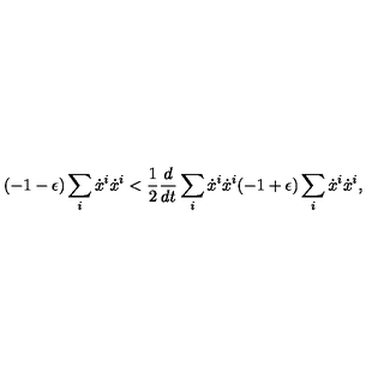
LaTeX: ( - 1 - \epsilon ) \sum _ { i } \dot { x } ^ { i } \dot { x } ^ { i } < \frac { 1 } { 2 } \frac { d } { d t } \sum _ { i } \dot { x } ^ { i } \dot { x } ^ { i } ( - 1 + \epsilon ) \sum _ { i } \dot { x } ^ { i } \dot { x } ^ { i } ,